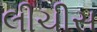
લીચીસ